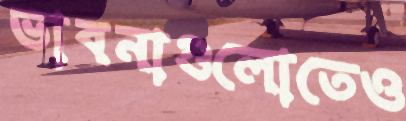
ভাবনাগুলোতেও